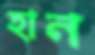
হান